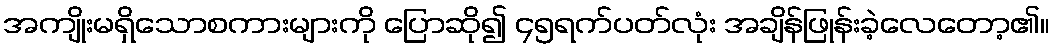
အကျိုးမရှိသောစကားများကို ပြောဆို၍ ၄၅ရက်ပတ်လုံး အချိန်ဖြုန်းခဲ့လေတော့၏။